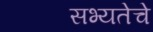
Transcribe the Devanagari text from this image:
सभ्यतेचे